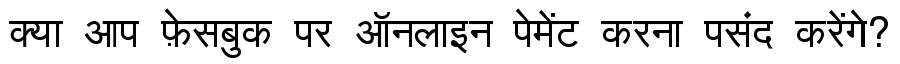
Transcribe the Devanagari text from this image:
क्या आप फ़ेसबुक पर ऑनलाइन पेमेंट करना पसंद करेंगे?